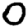
Digit: 0